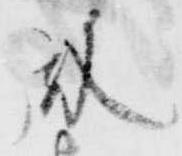
殿